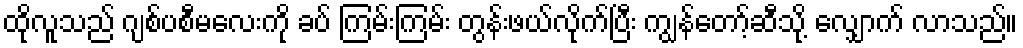
ထိုလူသည် ဂျစ်ပစီမလေးကို ခပ် ကြမ်းကြမ်း တွန်းဖယ်လိုက်ပြီး ကျွန်တော့်ဆီသို့ လျှောက် လာသည်။